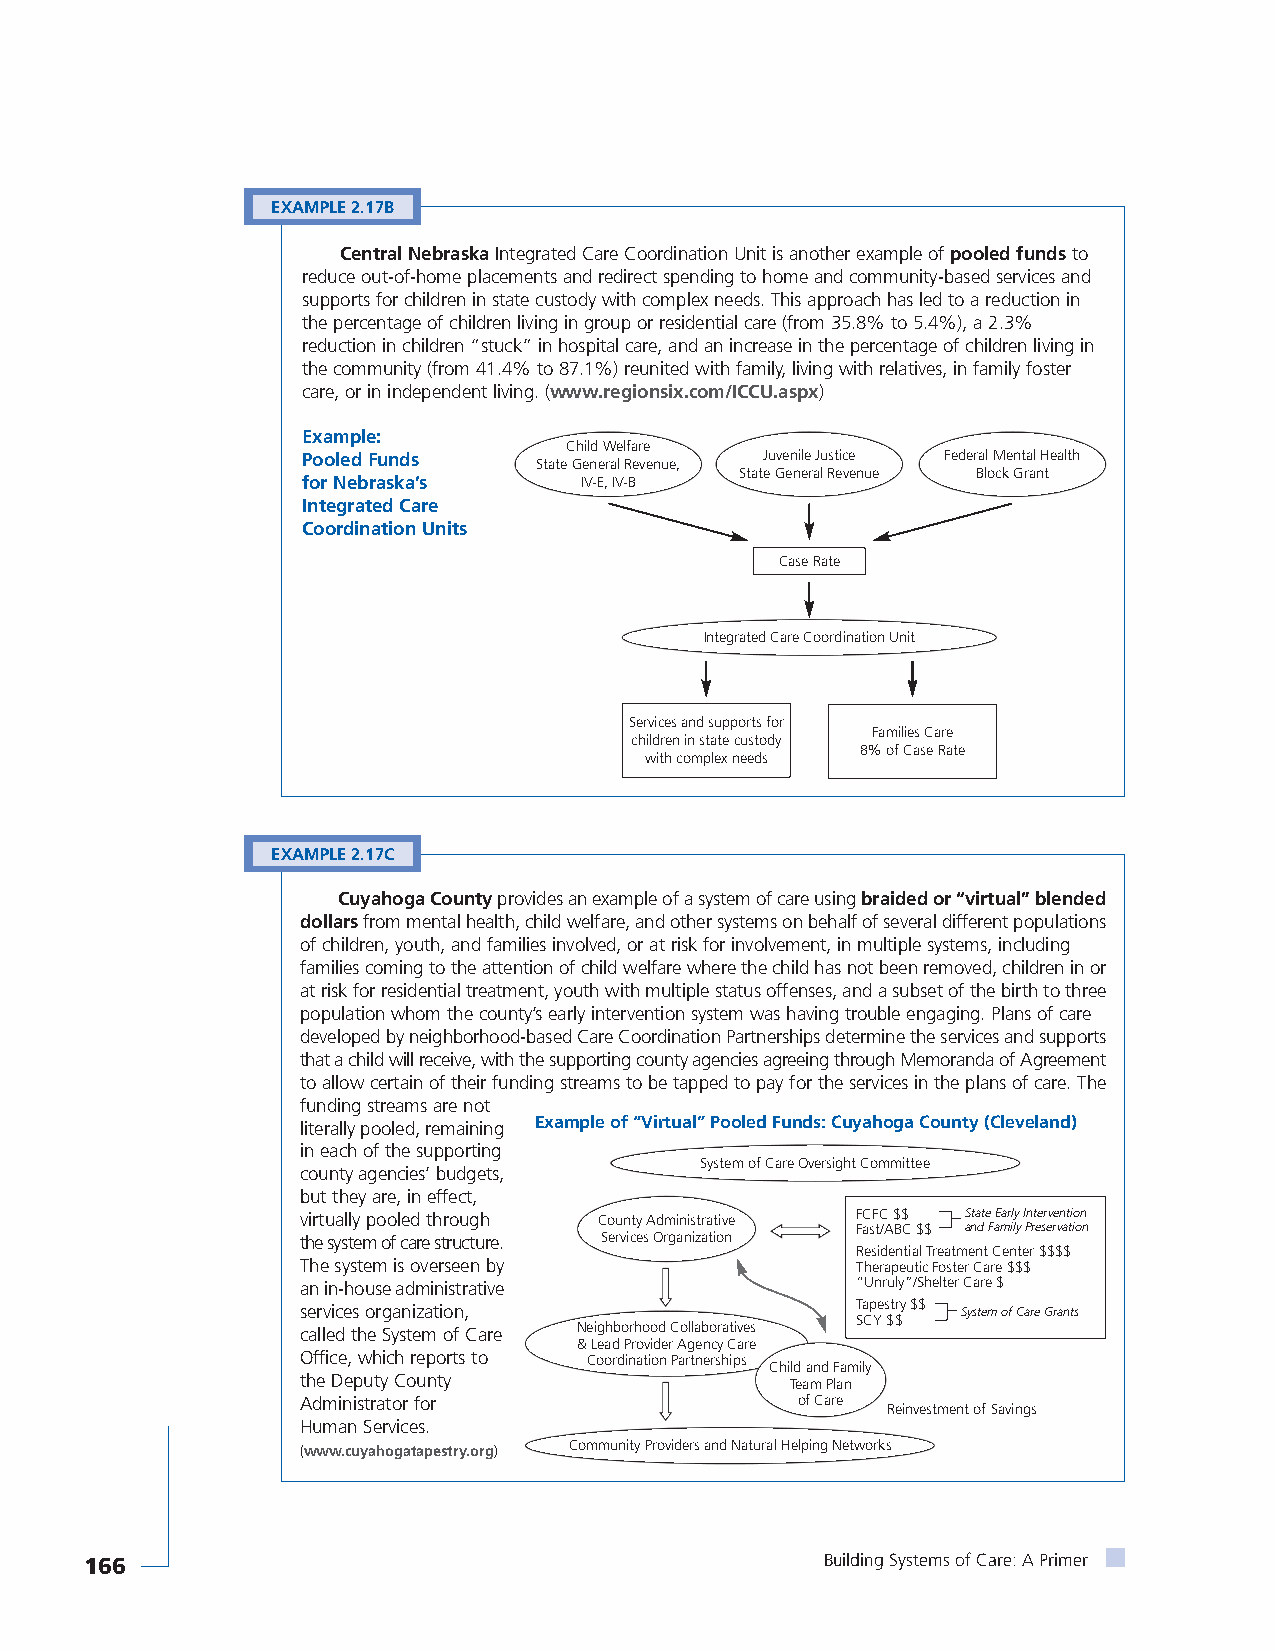
EXAMPLE 2.17B
 Central NebraskaIntegrated Care Coordination Unit is another example of pooled fundsto
 reduce out-of-home placements and redirect spending to home and community-based services and
 supports for children in state custody with complex needs. This approach has led to a reduction in
 the percentage of children living in group or residential care (from 35.8% to 5.4%), a 2.3%
 reduction in children “stuck” in hospital care, and an increase in the percentage of children living in
 the community (from 41.4% to 87.1%) reunited with family, living with relatives, in family foster
 care, or in independent living. (www.regionsix.com/ICCU.aspx)
 Example:
 Child Welfare
 Pooled Funds    State General Revenue, Juvenile Justice Federal Mental Health
 State General Revenue Block Grant
 for Nebraska’s    IV-E, IV-B
 Integrated Care
 Coordination Units
 Case Rate
 Integrated Care Coordination Unit
 Services and supports for
 Families Care
 children in state custody
 8% of Case Rate
 with complex needs
 EXAMPLE 2.17C
 Cuyahoga Countyprovides an example of a system of care using braided or “virtual” blended
 dollarsfrom mental health, child welfare, and other systems on behalf of several different populations
 of children, youth, and families involved, or at risk for involvement, in multiple systems, including
 families coming to the attention of child welfare where the child has not been removed, children in or
 at risk for residential treatment, youth with multiple status offenses, and a subset of the birth to three
 population whom the county’s early intervention system was having trouble engaging. Plans of care
 developed by neighborhood-based Care Coordination Partnerships determine the services and supports
 that a child will receive, with the supporting county agencies agreeing through Memoranda of Agreement
 to allow certain of their funding streams to be tapped to pay for the services in the plans of care. The
 funding streams are not
 literally pooled, remaining Example of “Virtual” Pooled Funds: Cuyahoga County (Cleveland)
 in each of the supporting
 System of Care Oversight Committee
 county agencies’ budgets,
 but they are, in effect,
 virtually pooled through County Administrative FCFC $$ State Early Intervention
 Fast/ABC $$ and Family Preservation
 the system of care structure. Services Organization
 Residential Treatment Center $$$$
 The system is overseen by            Therapeutic Foster Care $$$
 an in-house administrative           “Unruly”/Shelter Care $
 services organization,               Tapestry $$ System of Care Grants
 SCY $$
 called the System of Care Neighborhood Collaboratives
 & Lead Provider Agency Care
 Office, which reports to Coordination Partnerships
 Child and Family
 the Deputy County               Team Plan
 Administrator for                of Care
 Reinvestment of Savings
 Human Services.
 (www.cuyahogatapestry.org) Community Providers and Natural Helping Networks
 166                                              Building Systems of Care: A Primer